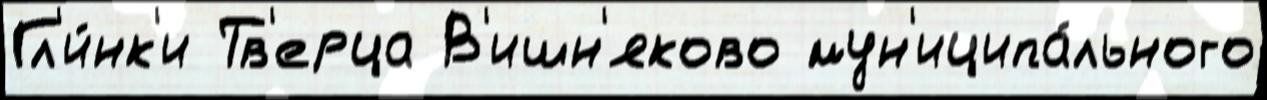
Гл'и́нк'и Тв'ерца В'ишн'яково мун'иципа́льного